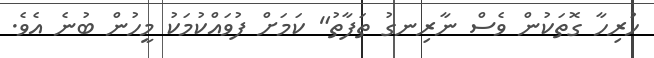
ހުރިހާ ގޮތަކުން ވެސް ނާރިނގު ތަފާތު" ކަމަށް ފުވައްކުމަކު މީހުން ބުނެ އެވެ.